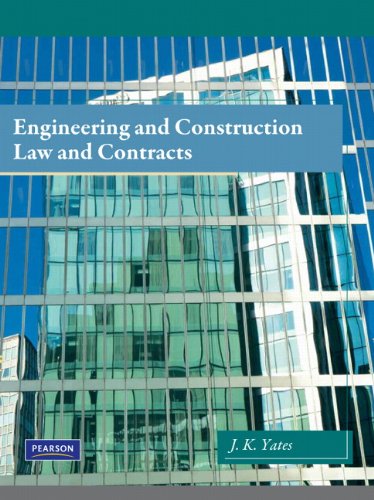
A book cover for Engineering and Construction Law & Contracts; Janet K. Yates; Law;